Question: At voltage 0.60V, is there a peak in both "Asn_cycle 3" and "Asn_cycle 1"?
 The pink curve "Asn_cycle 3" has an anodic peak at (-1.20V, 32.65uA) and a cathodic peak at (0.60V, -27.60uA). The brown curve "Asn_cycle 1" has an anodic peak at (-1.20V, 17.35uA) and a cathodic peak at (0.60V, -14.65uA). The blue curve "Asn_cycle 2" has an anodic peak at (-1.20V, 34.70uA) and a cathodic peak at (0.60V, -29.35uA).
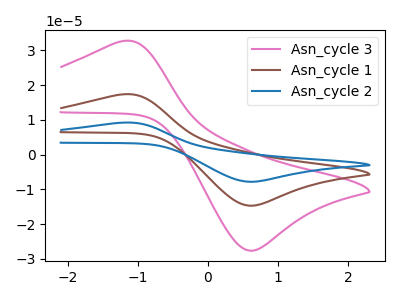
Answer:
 <answer>Yes, "Asn_cycle 3" and "Asn_cycle 1" share a peak at 0.60V.</answer>
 <eval>match</eval>